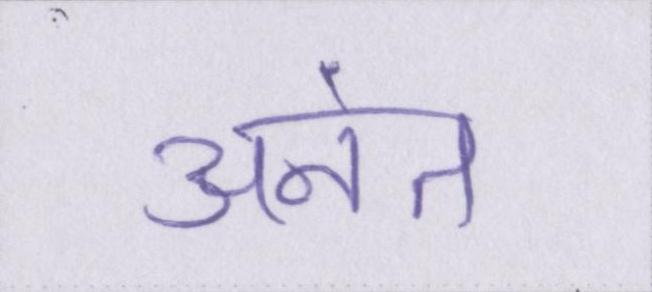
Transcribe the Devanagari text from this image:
अनंत